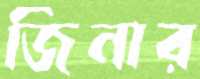
জিনার